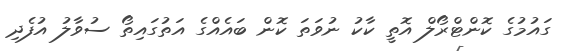
ގައުމުގެ ކޮންޓްރޯލް އޮތީ ކާކު ނުވަތަ ކޮން ބައެއްގެ އަތުގައިތޯ ސުވާލު އުފެދި